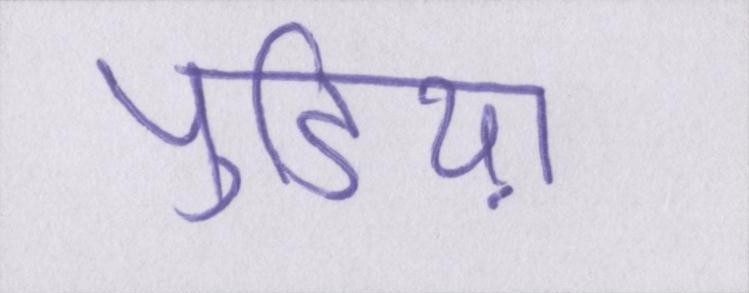
पुडिय़ा